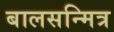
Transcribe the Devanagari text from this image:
बालसन्मित्र